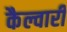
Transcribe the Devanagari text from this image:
कैल्वारी